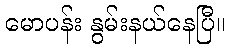
မောပန်း နွမ်းနယ်နေပြီ။